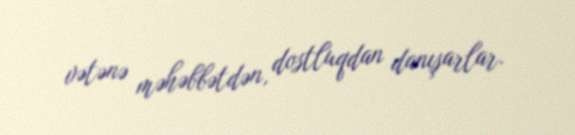
vətənə məhəbbətdən, dostluqdan danışarlar.